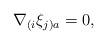
LaTeX: \begin{align*}\nabla_{(i}\xi_{j)a} = 0 , \end{align*}